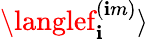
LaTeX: \langlef_{\mathbf{i}}^{(\mathbf{i}m)}\rangle